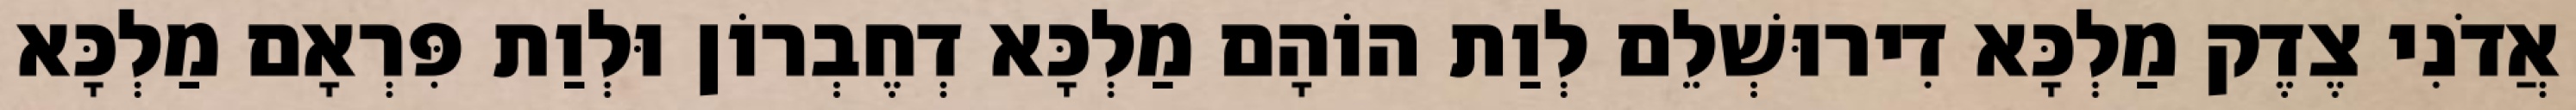
אֲדֹנִי צֶדֶק מַלְכָּא דִירוּשְׁלֵם לְוַת הוֹהָם מַלְכָּא דְחֶבְרוֹן וּלְוַת פִּרְאָם מַלְכָּא